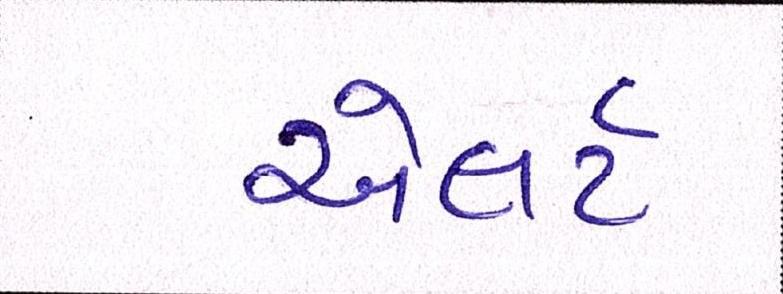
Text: એલર્ટ